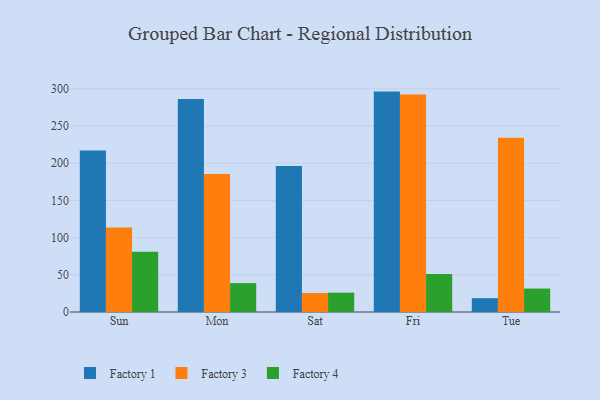
{"axis": {"x": "Day", "y": "Backlog"}, "legend": ["Factory 1", "Factory 3", "Factory 4"], "data": [{"x": "Sun", "y": 217.0, "type": "Factory 1"}, {"x": "Sun", "y": 113.7, "type": "Factory 3"}, {"x": "Sun", "y": 81.0, "type": "Factory 4"}, {"x": "Mon", "y": 286.3, "type": "Factory 1"}, {"x": "Mon", "y": 185.6, "type": "Factory 3"}, {"x": "Mon", "y": 38.8, "type": "Factory 4"}, {"x": "Sat", "y": 196.4, "type": "Factory 1"}, {"x": "Sat", "y": 25.5, "type": "Factory 3"}, {"x": "Sat", "y": 26.0, "type": "Factory 4"}, {"x": "Fri", "y": 296.3, "type": "Factory 1"}, {"x": "Fri", "y": 292.5, "type": "Factory 3"}, {"x": "Fri", "y": 51.1, "type": "Factory 4"}, {"x": "Tue", "y": 18.6, "type": "Factory 1"}, {"x": "Tue", "y": 234.1, "type": "Factory 3"}, {"x": "Tue", "y": 31.5, "type": "Factory 4"}]}